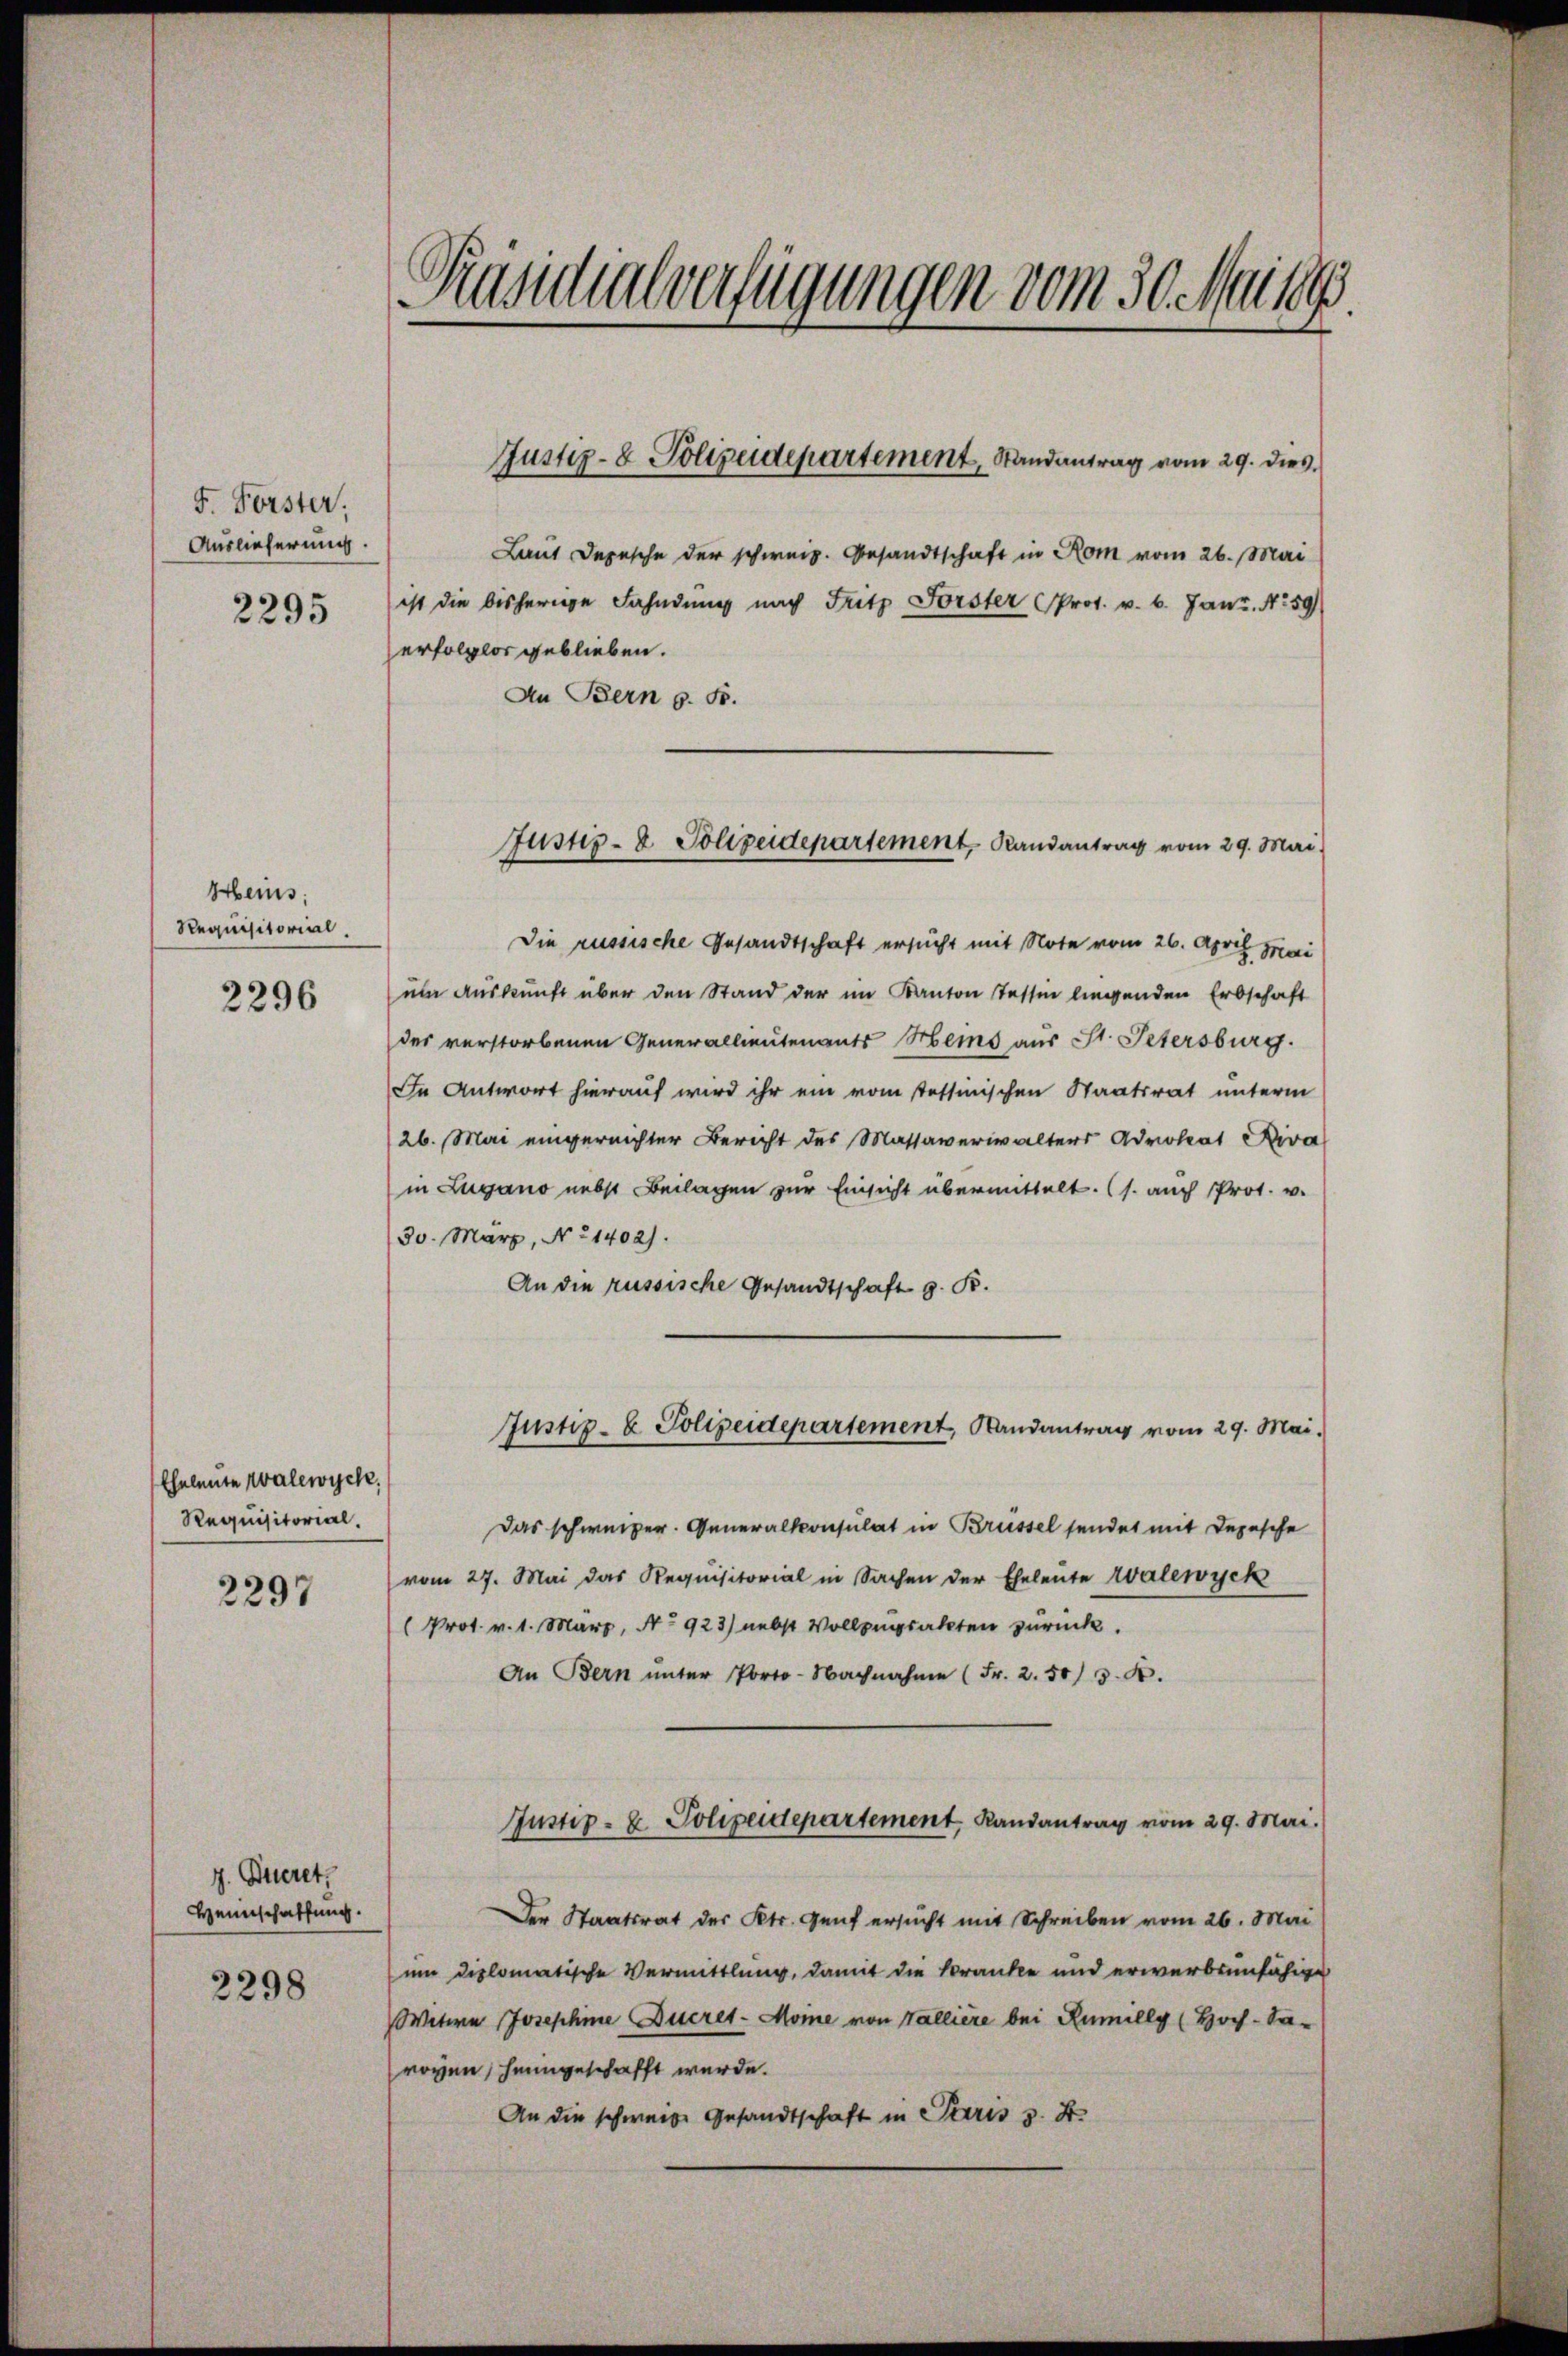
F. Forster,
Auslieferung.
2295

Heins:
Requisitorial.

2296

Eheleute Walewyck,
Requisitorial.

2297

z. Bueret,
Heimschaffung.
2298

Prandialverfügungen vom 30. Musi

Laut Depesche der schweiz. Gesandtschaft in Rom vom 26. Mai
ist die bisherige Fahndung nach Fritz Forster Prot. v. 6. Janz. No 59)
erfolglos geblieben.
An Bern s. S.
Die russische Gesandtschaft ersucht mit Note vom 26. April Mai
um Auskunft über den Stand der im Kanton Tessin liegenden Erbschaft
des verstorbenen Generallieutenants Heins aus St. Petersburg.
In Antwort hierauf wird ihr ein vom Tessinischen Staatsrat unterm
26. Mai eingereichter Bericht des Massaverwalters Advokat Kiva
in Zugano nebst Beilagen zur Einsicht übermittelt. (s. auch Prot. v.
30. März, No 1402).
An die russische Gesandtschaft z. B.
Justiz- & Polizeidepartement, Randantrag vom 29. Mai.
Das schweizer. Generalkonsulat in Brüssel sendet mit Depesche
vom 27. Mai das Requisitorial in Sachen der Eheleute valewyck
Prot. v. 1. März, No 923) nebst Vollzugsakten zurück.
An Bern ŭnter Porto-Nachnahme (Fr. 2. 503. k.
Justiz- u. Polizeidepartement Randantrag vom 29. Mai.
Der Staatsrat des Kts. Genf ersucht mit Schreiben vom 26. Mai
um diplomatische Vermittlung, damit die Kranke und erwerbsunfähige
Witwe Josephine Ducret-Mone von Valliere bei Rumilly (Hoch-Sa-
royen, heimgeschafft werde.
An die schweige Gesandtschaft in Paris z. B.

Justiz- & Polizeidepartement, Randantrag vom 29. dies

Justiz- & Polizeidepartement, Randantrag vom 29. Mai.